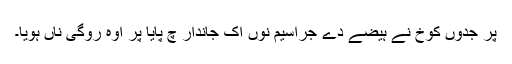
پر جدوں کوخ نے ہیضے دے جراسیم نوں اک جاندار چ پایا پر اوہ روگی ناں ہویا۔